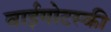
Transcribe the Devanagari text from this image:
वाईगोटस्की